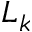
L _ { k }